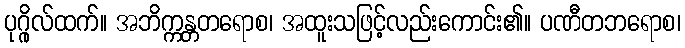
ပုဂ္ဂိုလ်ထက်။ အဘိက္ကန္တတရောစ၊ အထူးသဖြင့်လည်းကောင်း၏။ ပဏီတဘရောစ၊